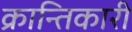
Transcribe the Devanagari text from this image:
क्रान्‍तिकारी